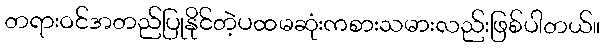
တရားဝင်အတည်ပြုနိုင်တဲ့ပထမဆုံးကစားသမားလည်းဖြစ်ပါတယ်။